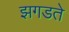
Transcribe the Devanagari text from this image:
झगडते